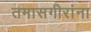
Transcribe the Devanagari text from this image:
तमासगीरांना